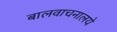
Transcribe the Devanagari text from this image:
बालवाचनालये